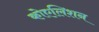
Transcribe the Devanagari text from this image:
कोएलिशन